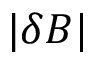
| \delta \boldsymbol B |